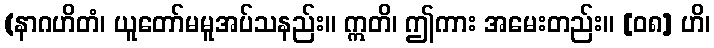
(နာဂဟိတံ၊ ယူတော်မမူအပ်သနည်း။ ဣတိ၊ ဤကား အမေးတည်း။ [၀၈] ဟိ၊